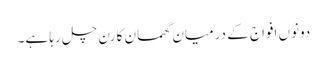
دونوں افواج کے درمیان گھمسان کا رن چل رہا ہے۔